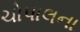
ચોપાલના